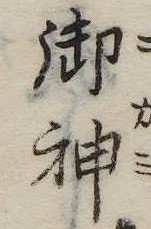
御神